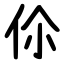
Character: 伱